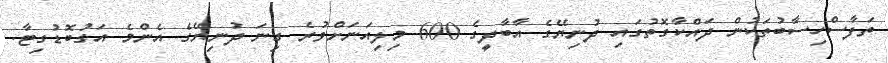
ތަފާސްހިސާބުތަކުން ދައްކާގޮތުގައި ދުނިޔޭގެ އާބާދީގެ 600 މިލިއަނަށްވުރެ ގިނަ ދުނިޔޭގެ އެންމެ އަގުބޮޑުގިޓާ.